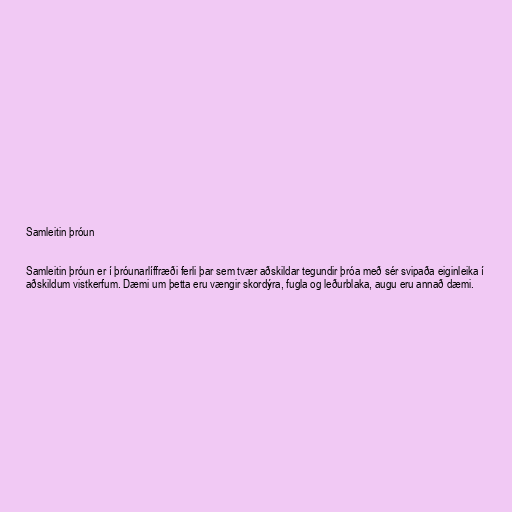
Samleitin þróun

Samleitin þróun er í þróunarlíffræði ferli þar sem tvær aðskildar tegundir þróa með sér svipaða eiginleika í
aðskildum vistkerfum. Dæmi um þetta eru vængir skordýra, fugla og leðurblaka, augu eru annað dæmi.